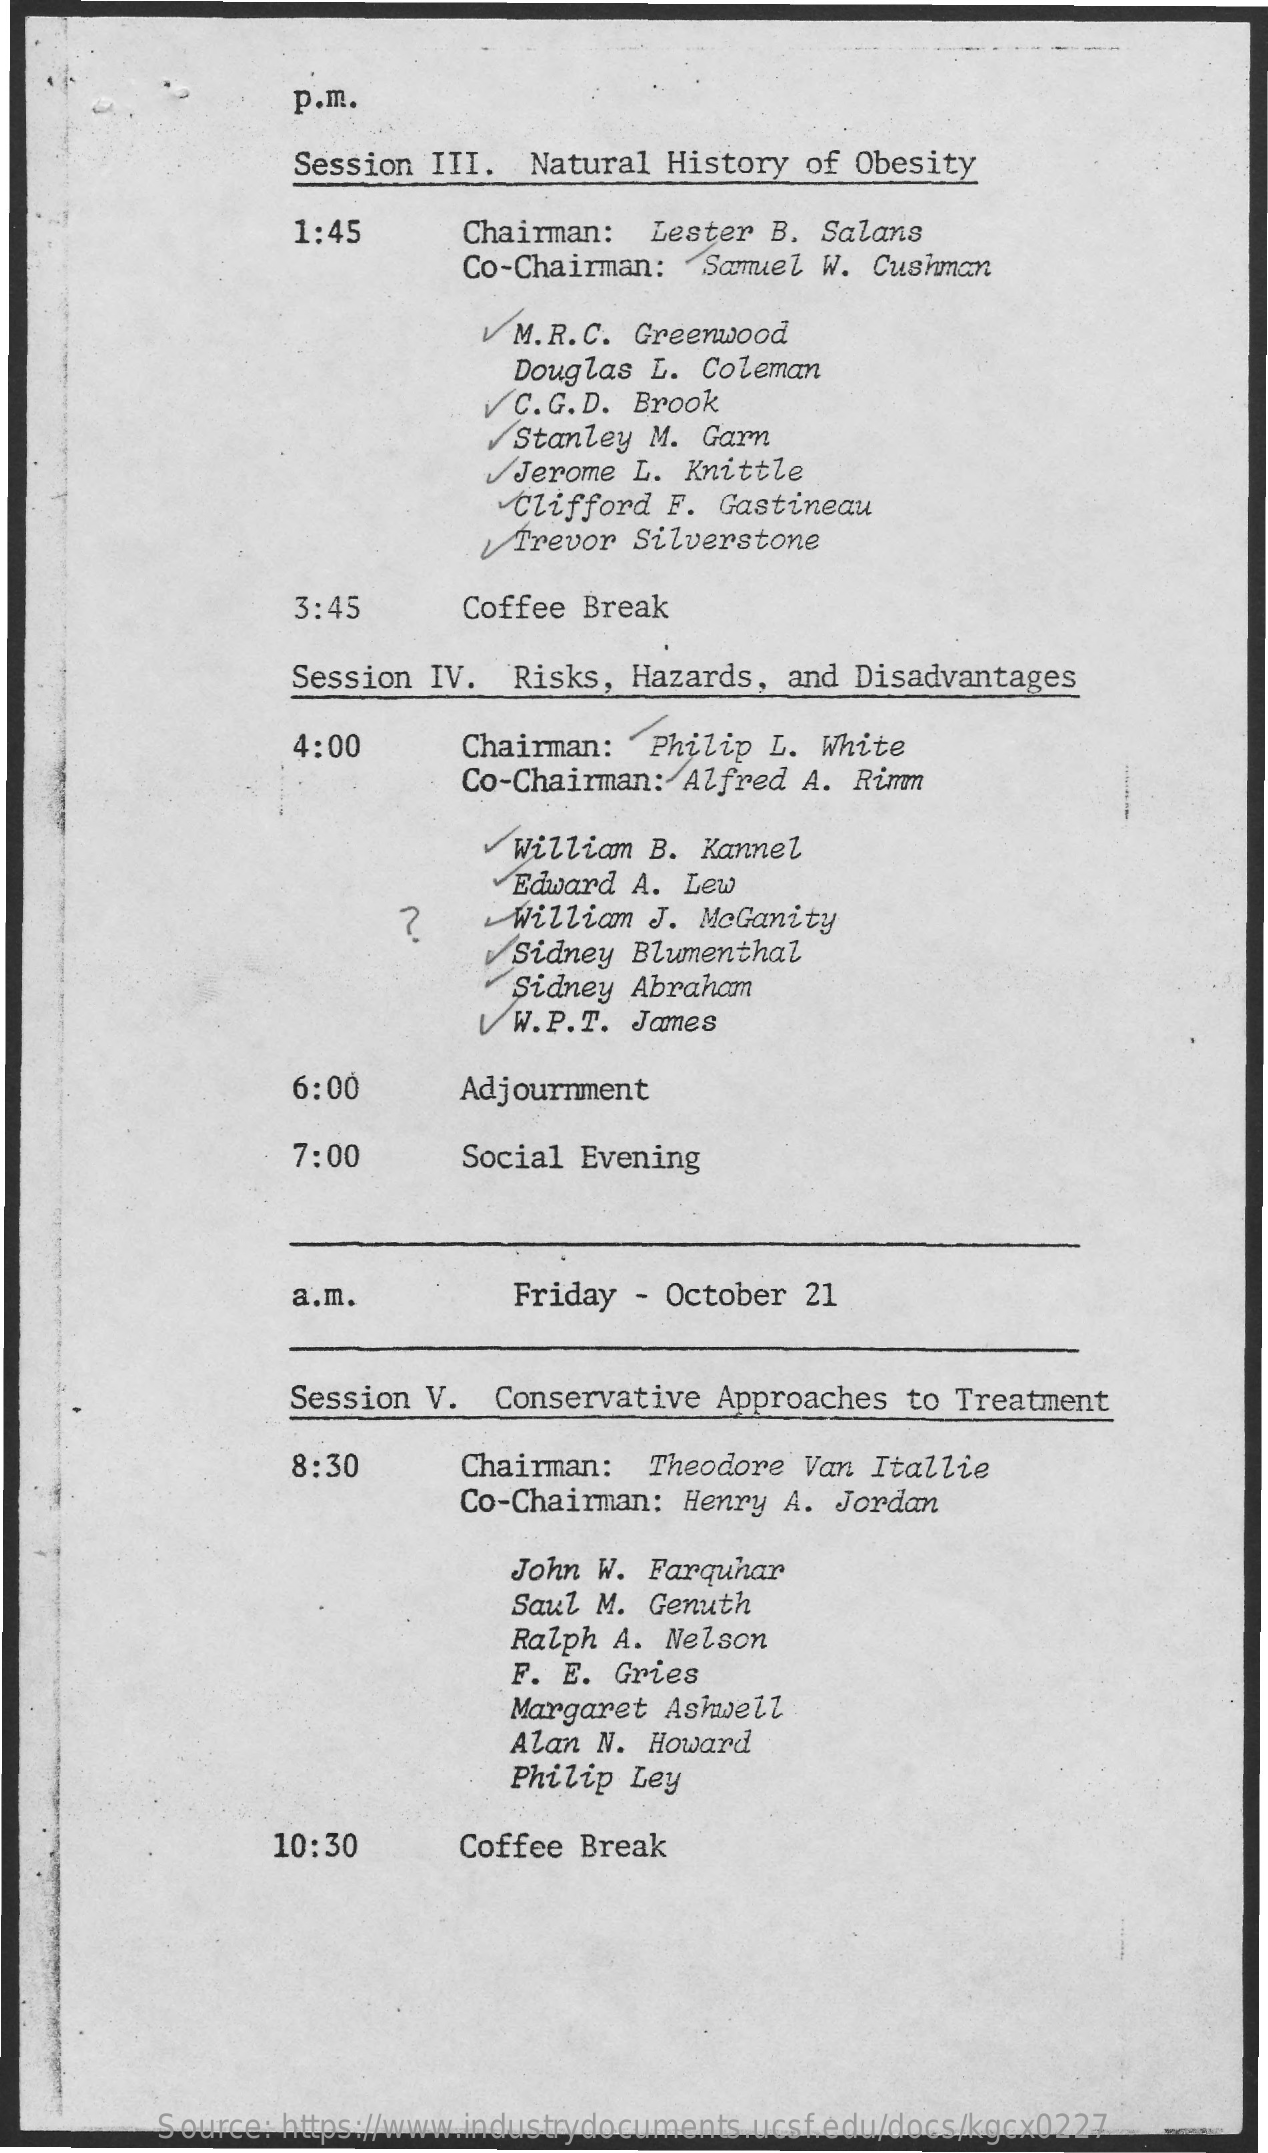
p.m.
     Session III.  Natural History  of Obesity
     1:45    Chairman:  Lester  B. Salans
     Co-Chairman:   Samuel W. Cushman
     V M.R. C. Greenwood
     Douglas L.  Coleman
     V C. G. D. Brook
     Stanley M.  Garn
     Jerome L. Knittle
     Clifford F.  Gastineau
     Trevor Silverstone
     3:45    Coffee Break
     Session  IV.  Risks, Hazards,  and Disadvantages
     4:00    Chairman:  Philip  L. White
     ......... Co-Chairman: Alfred A. Rimm
     William B. Kannel
     Edward A. Lew
     ?    William J. MoGanity
     Sidney Blumenthal
     Sidney Abraham
     U W.P.T. James
     6:00    Adjournment
     7:00    Social Evening
     a.m.    Friday  - October 21
     Session  V.  Conservative  Approaches to Treatment
     8:30    Chairman:  Theodore  Van Itallie
     Co-Chairman: Henry  A. Jordan
     John W. Farquhar
     Saul M. Genuth
     Ralph A. Nelson
     F. E. Gries
     Margaret Ashwell
     Alan N. Howard
     Philip Ley
     10:30    Coffee Break
     Source: https://www.industrydocuments.ucsf.edu/docs/kgcx0227